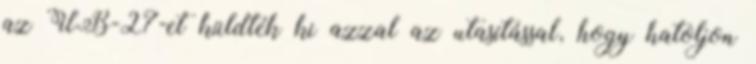
az UB-27-et küldték ki azzal az utasítással, hogy hatoljon